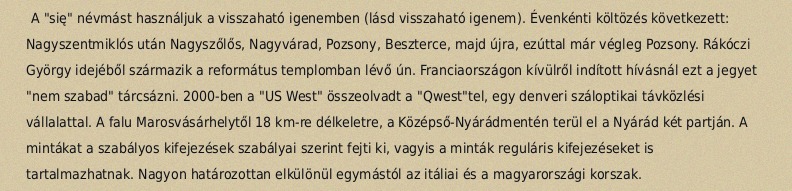
A "się" névmást használjuk a visszaható igenemben (lásd visszaható igenem). Évenkénti költözés következett: Nagyszentmiklós után Nagyszőlős, Nagyvárad, Pozsony, Beszterce, majd újra, ezúttal már végleg Pozsony. Rákóczi György idejéből származik a református templomban lévő ún. Franciaországon kívülről indított hívásnál ezt a jegyet "nem szabad" tárcsázni. 2000-ben a "US West" összeolvadt a "Qwest"tel, egy denveri száloptikai távközlési vállalattal. A falu Marosvásárhelytől 18 km-re délkeletre, a Középső-Nyárádmentén terül el a Nyárád két partján. A mintákat a szabályos kifejezések szabályai szerint fejti ki, vagyis a minták reguláris kifejezéseket is tartalmazhatnak. Nagyon határozottan elkülönül egymástól az itáliai és a magyarországi korszak.